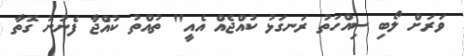
ވަރަށް ލޯބި ސިއްހަތު ރަނގަޅު ކުއްޖެއް އެއީ" ތުއްތު ކުއްޖާ ފެނުނު ގޮތާ